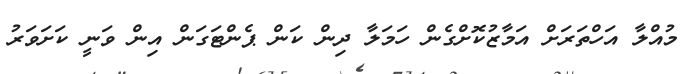
މުއްލާ އަހްތަރަށް އަމާޒުކޮށްގެން ހަމަލާ ދިން ކަން ޕެންޓަގަން އިން ވަނީ ކަށަވަރު